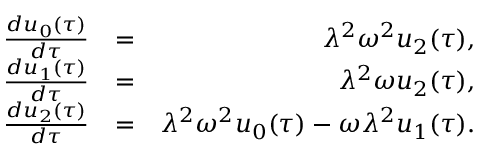
\begin{array} { r l r } { \frac { d u _ { 0 } ( \tau ) } { d \tau } } & { = } & { \lambda ^ { 2 } \omega ^ { 2 } u _ { 2 } ( \tau ) , } \\ { \frac { d u _ { 1 } ( \tau ) } { d \tau } } & { = } & { \lambda ^ { 2 } \omega u _ { 2 } ( \tau ) , } \\ { \frac { d u _ { 2 } ( \tau ) } { d \tau } } & { = } & { \lambda ^ { 2 } \omega ^ { 2 } u _ { 0 } ( \tau ) - \omega \lambda ^ { 2 } u _ { 1 } ( \tau ) . } \end{array}